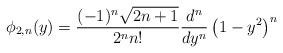
LaTeX: \begin{align*}\phi_{2,n}(y)=\frac{(-1)^{n}\sqrt{2n+1} }{2^{n}n!} \frac{d^{n}}{dy^{n}} \left(1-y^{2}\right)^{n}\end{align*}